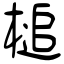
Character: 槌